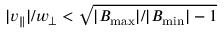
| v _ { \parallel } | / w _ { \perp } < \sqrt { | B _ { \mathrm { m a x } } | / | B _ { \mathrm { m i n } } | - 1 }